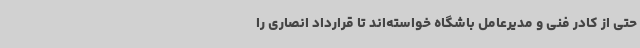
حتی از کادر فنی و مدیرعامل باشگاه خواسته‌اند تا قرارداد انصاری را